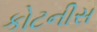
કોટનીસ